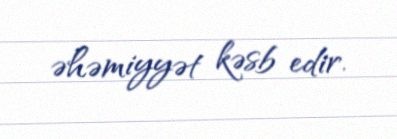
əhəmiyyət kəsb edir.